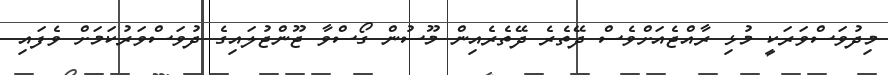
މިދުވަސްވަރަކީ މުޅި ރާއްޖެއަށްވެސް ދޭތެރެ ދޭތެރެއިން މޫސުން ގޯސްވާ ޖޫންޖުލައިގެ ދުވަސްވަރުކަމަށް ވެފައި